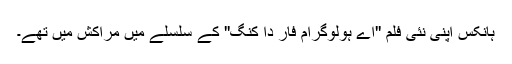
ہانکس اپنی نئی فلم ''اے ہولوگرام فار دا کنگ'' کے سلسلے میں مراکش میں تھے۔